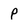
Character: p